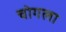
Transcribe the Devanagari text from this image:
चोगला